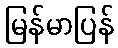
မြန်မာပြန်